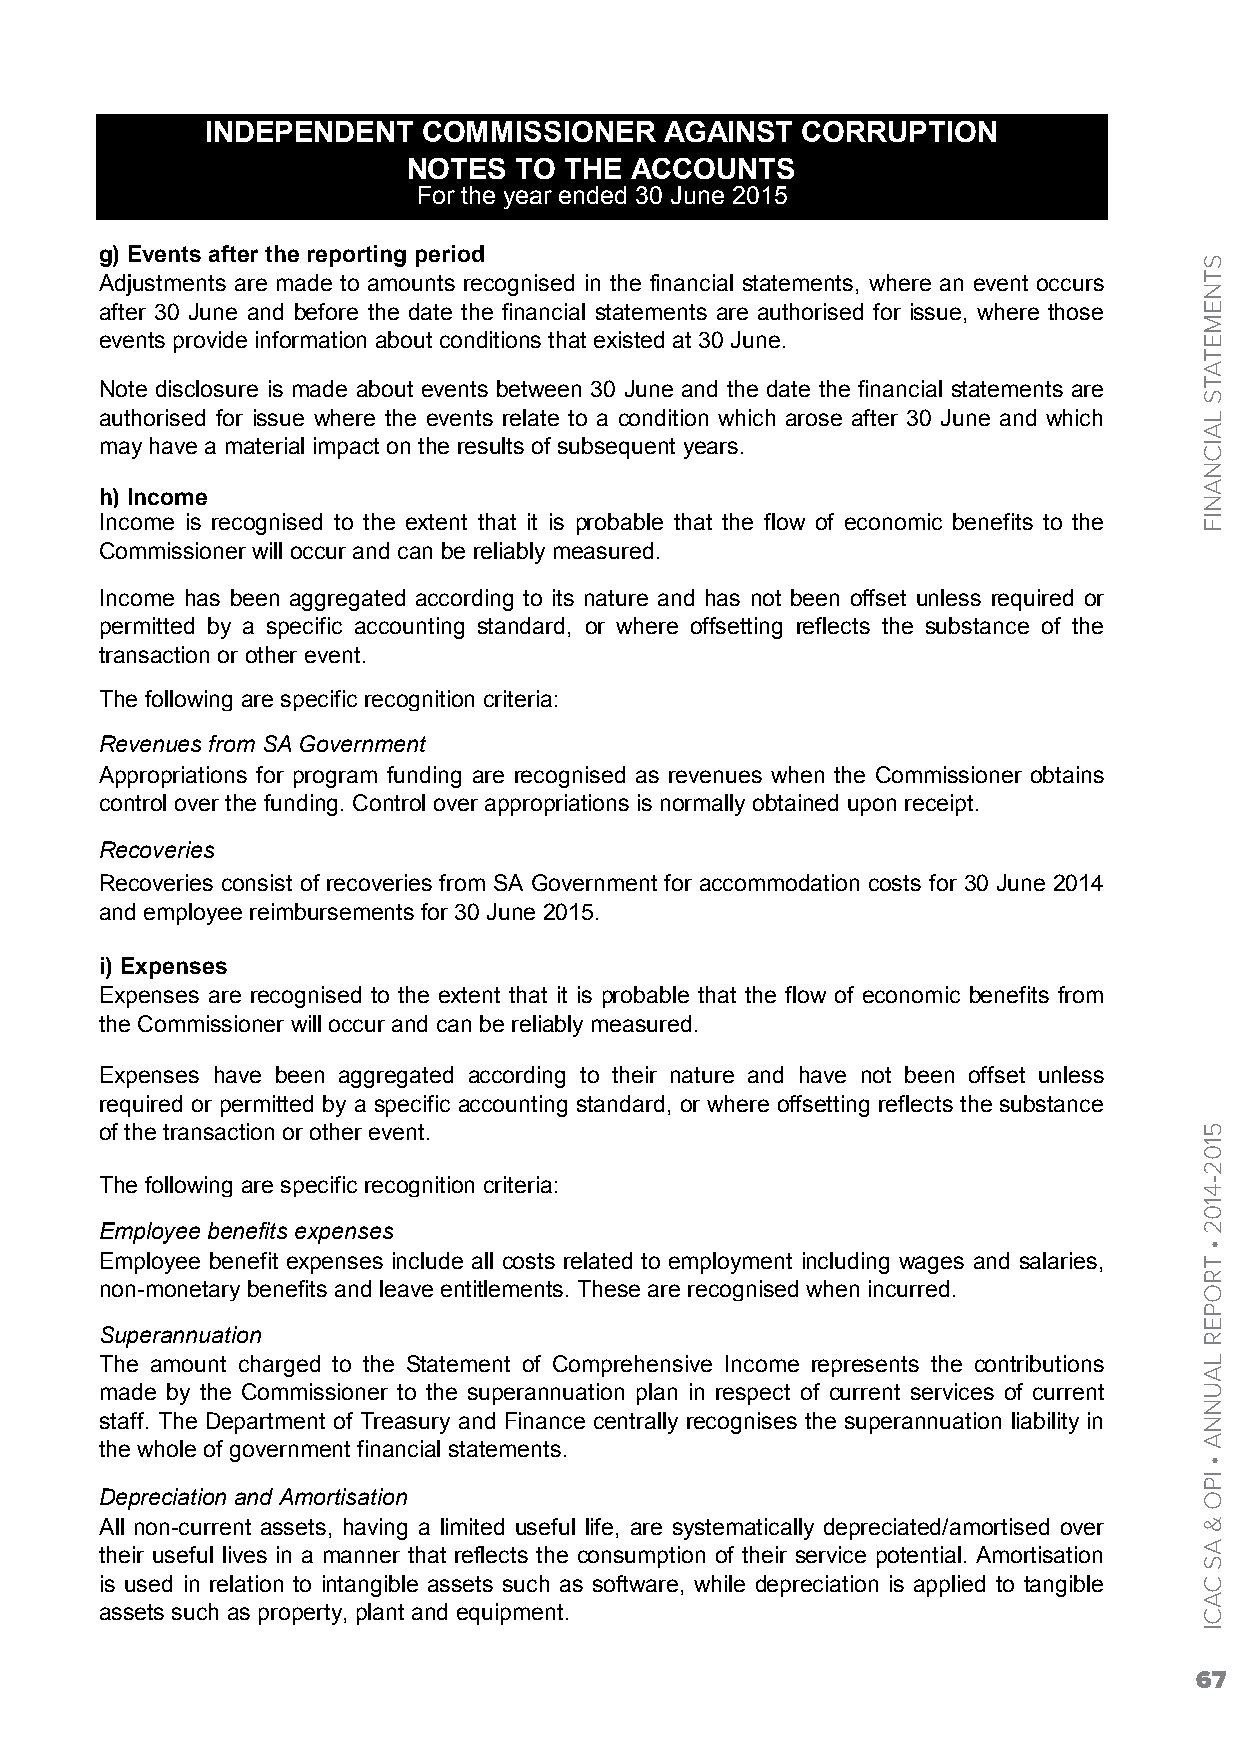
INDEPENDENT   COMMISSIONER    AGAINST  CORRUPTION
 NOTES  TO THE  ACCOUNTS
 For the year ended 30 June 2015
 g) Events after the reporting period
 Adjustments are made to amounts recognised in the financial statements, where an event occurs
 after 30 June and before the date the financial statements are authorised for issue, where those
 events provide information about conditions that existed at 30 June.
 Note disclosure is made about events between 30 June and the date the financial statements are
 authorised for issue where the events relate to a condition which arose after 30 June and which
 may have a material impact on the results of subsequent years.
 h) Income
 Income is recognised to the extent that it is probable that the flow of economic benefits to the
 Commissioner will occur and can be reliably measured.
 Income has been aggregated according to its nature and has not been offset unless required or
 permitted by a specific accounting standard, or where offsetting reflects the substance of the
 transaction or other event.
 The following are specific recognition criteria:
 Revenues from SA Government
 Appropriations for program funding are recognised as revenues when the Commissioner obtains
 control over the funding. Control over appropriations is normally obtained upon receipt.
 Recoveries
 Recoveries consist of recoveries from SA Government for accommodation costs for 30 June 2014
 and employee reimbursements for 30 June 2015.
 i) Expenses
 Expenses are recognised to the extent that it is probable that the flow of economic benefits from
 the Commissioner will occur and can be reliably measured.
 Expenses have been aggregated according to their nature and have not been offset unless
 required or permitted by a specific accounting standard, or where offsetting reflects the substance
 of the transaction or other event.
 The following are specific recognition criteria:
 Employee benefits expenses
 Employee benefit expenses include all costs related to employment including wages and salaries,
 non-monetary benefits and leave entitlements. These are recognised when incurred.
 Superannuation
 The amount charged to the Statement of Comprehensive Income represents the contributions
 made by the Commissioner to the superannuation plan in respect of current services of current
 staff. The Department of Treasury and Finance centrally recognises the superannuation liability in
 the whole of government financial statements.
 Depreciation and Amortisation
 All non-current assets, having a limited useful life, are systematically depreciated/amortised over
 their useful lives in a manner that reflects the consumption of their service potential. Amortisation
 is used in relation to intangible assets such as software, while depreciation is applied to tangible
 assets such as property, plant and equipment.
 67
 STNEMETATS
 LAICNANIF
 5102-4102
 •
 TROPER
 LAUNNA
 •
 IPO
 &
 AS
 CACI